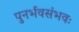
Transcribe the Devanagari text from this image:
पुनर्भवसंभवः